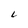
Character: L